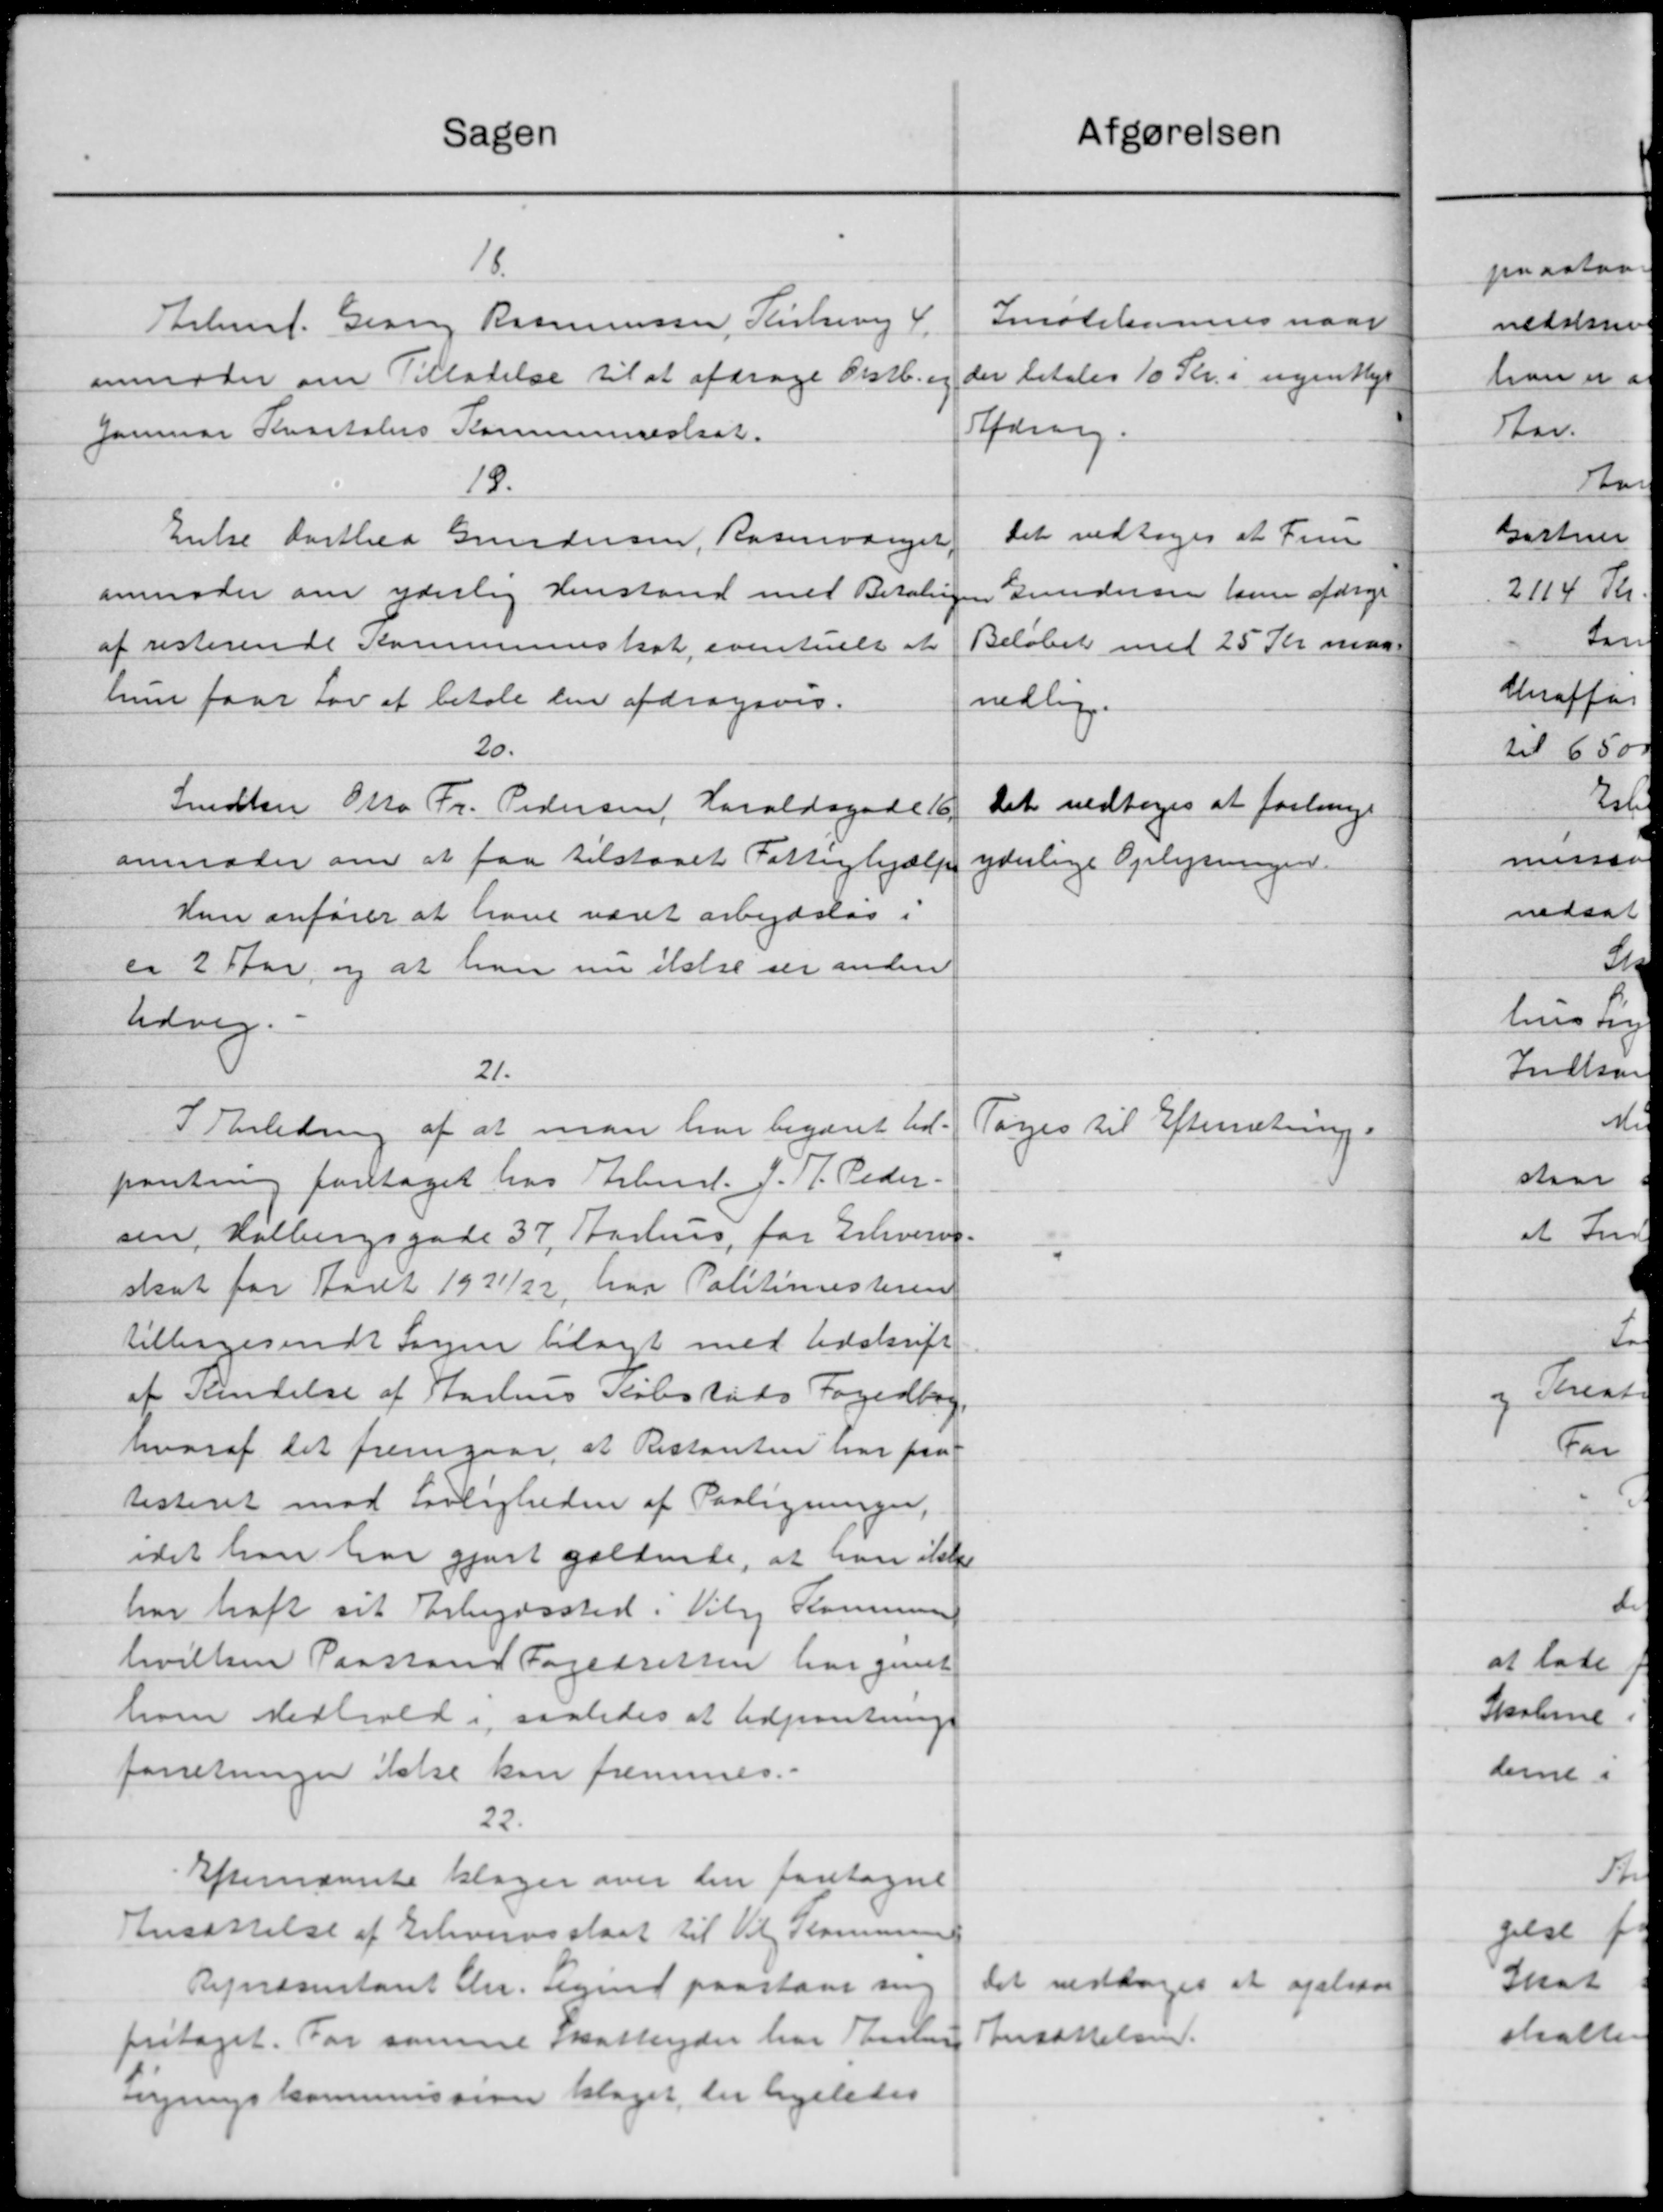
Transskription:
Afgørelsen
Sagen
18.
Inotitionens naar
Arbmd. Gerne Rasmussen, Kirkerup 4
der betales 10 Kr. i ugentligt
anmoder om Tilladelse til at afdrage Omstb.
Afdrag.
Januar Kvartalers Kommuneskat.
19.
Det vedtoges at Frem
Enke Dorthea Grundersen, Rasmusenet,
anmoder om yderlig Henstand med Betalingen
Gundersen han afdrage
Beløbet med 25 Kr maa
af resterende Kommuneskat eventuelt at
hun faar Lov at betale den afdragsvis.
nedlig.
20.
Det vedtoges at forlange
Snedker Otto Fr. Pedersen, Haraldsgade 16.
anmoder om at faa tilstaaet Fattighjælp
yderlige Oplysningen.
Hun anfører at have været arbejdsløs i
ca 2 Aar og at han nu ikke ser anden
udvig.
21.
I Anledning af at man har begæret ud-
Toges til Efterretning.
pantning foretaget hos Arbmd. J. H. Peder-
sen, Halbergsgade 37, Aarhus for Erhvervs-
skat for Aaret 1921/22 har Politimesteren
tilbagesende Sagen bilagt med Udskrift
af Kendelse af Harlens Købstads Fogedbog
hvoraf det fremgaar at Restanten har paa
listeret mod Lovligheden af Paaligninger,
idet han har gjort gældende, at han ikke
har haft sit Arbejdssted. Viby Kommunen
hvilken Paastand Fogedretten har givet
hom Medhold i saaledes at Udpantning
forretninger ikke kan fremmes.
22
Efternævnte klager over den foretagne
Ansættelse af Erhvervsskat til Vil Kommunen
Det vedtoges at opslaae
Repræsentant Chr. Sigurd paastaar mig
Ansættelsen.
fritaget. For samme skatteyder har fasten
ngningskommissionen klaget, der ligeledes